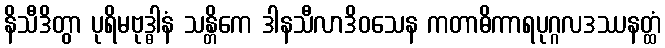
နိသီဒိတွာ ပုရိမဗုဒ္ဓါနံ သန္တိကေ ဒါနသီလာဒိဝသေန ကတာဓိကာရပုဂ္ဂလဒဿနတ္ထံ